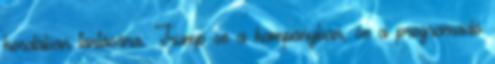
kordában tartására. Trump se a kampányban, se a programadó